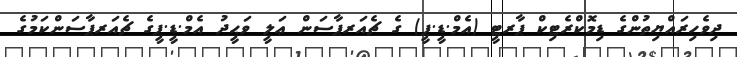
ދިވެހިރައްޔިތުންގެ ޑިމޮކްރެޓިކް ޕާރޓީ (އެމް.ޑީ.ޕީ) ގެ ޗެއަރޕާސަން ޢަލީ ވަޙީދު އެމް.ޑީ.ޕީގެ ޗެއަރޕާސަންކަމުގެ